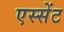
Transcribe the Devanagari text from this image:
एस्सेंट